Annual administration report of the Civil Veterinary Department of India - 1897-1898
Year: 1897
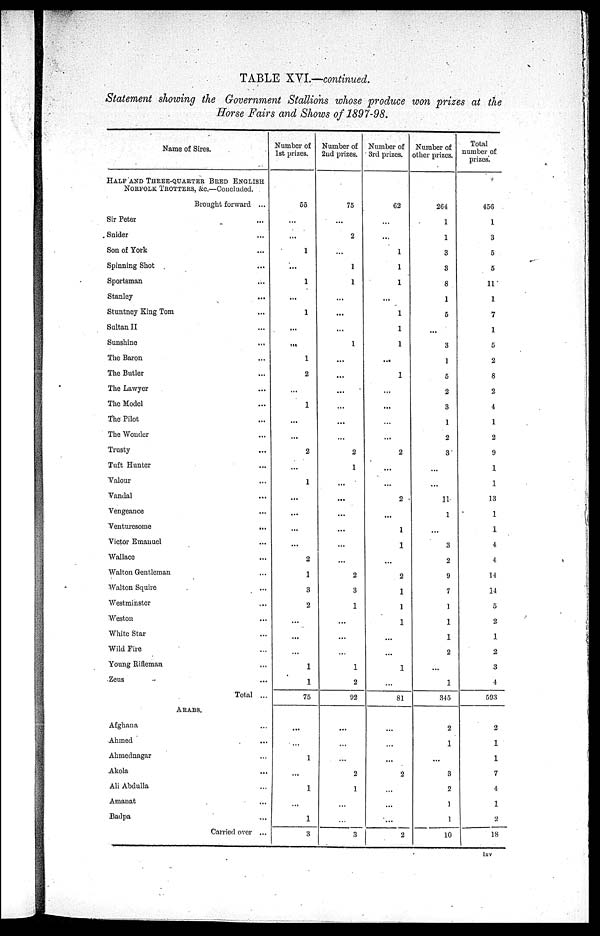
TABLE XVI.—continued.
Statement showing the Government Stallions whose produce won prizes at the
Horse Fairs and Shows of 1897—98.
Name of Sires.
HALF AND THREE—QUARTER BRED ENGLISH,
NORFOLK TROTTERS, &c.
Brought forward ...
Sir Peter ...
Snider ...
Son of York ...
Spinning Shot ...
Sportsman ...
Stanley ...
Stuntney King Tom ...
Sultan II ...
Sunshine ...
The Baron ...
The Butler ...
The Lawyer ...
The Model ...
The Pilot ...
The Wonder ...
Trusty ...
Tuft Hunter ...
Valour ...
Vandal ...
Vengeance ...
Venturesome
...
Victor Emanuel ...
Wallace ...
Walton Gentleman ...
Walton Squire ...
Westminster ...
Weston ...
White Star ...
Wild Fire ...
Young Rifleman ...
Zeus ...
Total ...
ARABS.
Afghana ...
Ahmed ...
Ahmednagar ...
Akola ...
Ali Abdulla ...
Amanat ...
Badpa ...
Carried over ...
Number of
1st prizes.
55
...
...
1
...
1
...
1
...
...
1
2
...
1
...
...
2
...
1
...
...
...
...
2
1
3
2
...
...
...
1
1
75
...
...
1
...
1
...
1
3
Number of
2nd prizes.
75
...
2
...
1
1
...
...
...
1
...
...
...
...
...
...
2
1
...
...
...
...
...
...
2
3
1
...
...
...
1
2
92
...
...
2
1
...
...
3
Number of
3rd prizes.
62
...
...
1
1
1
...
1
1
1
...
1
...
...
...
...
2
...
...
2
...
1
1
...
2
1
1
1
...
...
1
...
81
...
...
...
2
...
...
...
2
Number of
other prizes.
264
1
1
3
3
8
1
5
...
3
1
5
2
3
1
2
3
...
...
11
1
...
3
2
9
7
1
1
1
2
...
1
345
2
1
...
3
2
1
1
10
Total
number of
prizes.
456
1
3
5
5
11
1
7
1
5
2
8
2
4
1
2
9
1
1
13
1
1
4
4
14
14
5
2
1
2
3
4
593
2
1
1
7
4
1
2
18
lxv